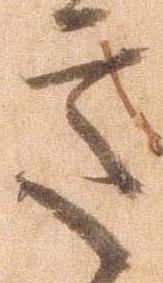
意